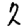
Digit: 2